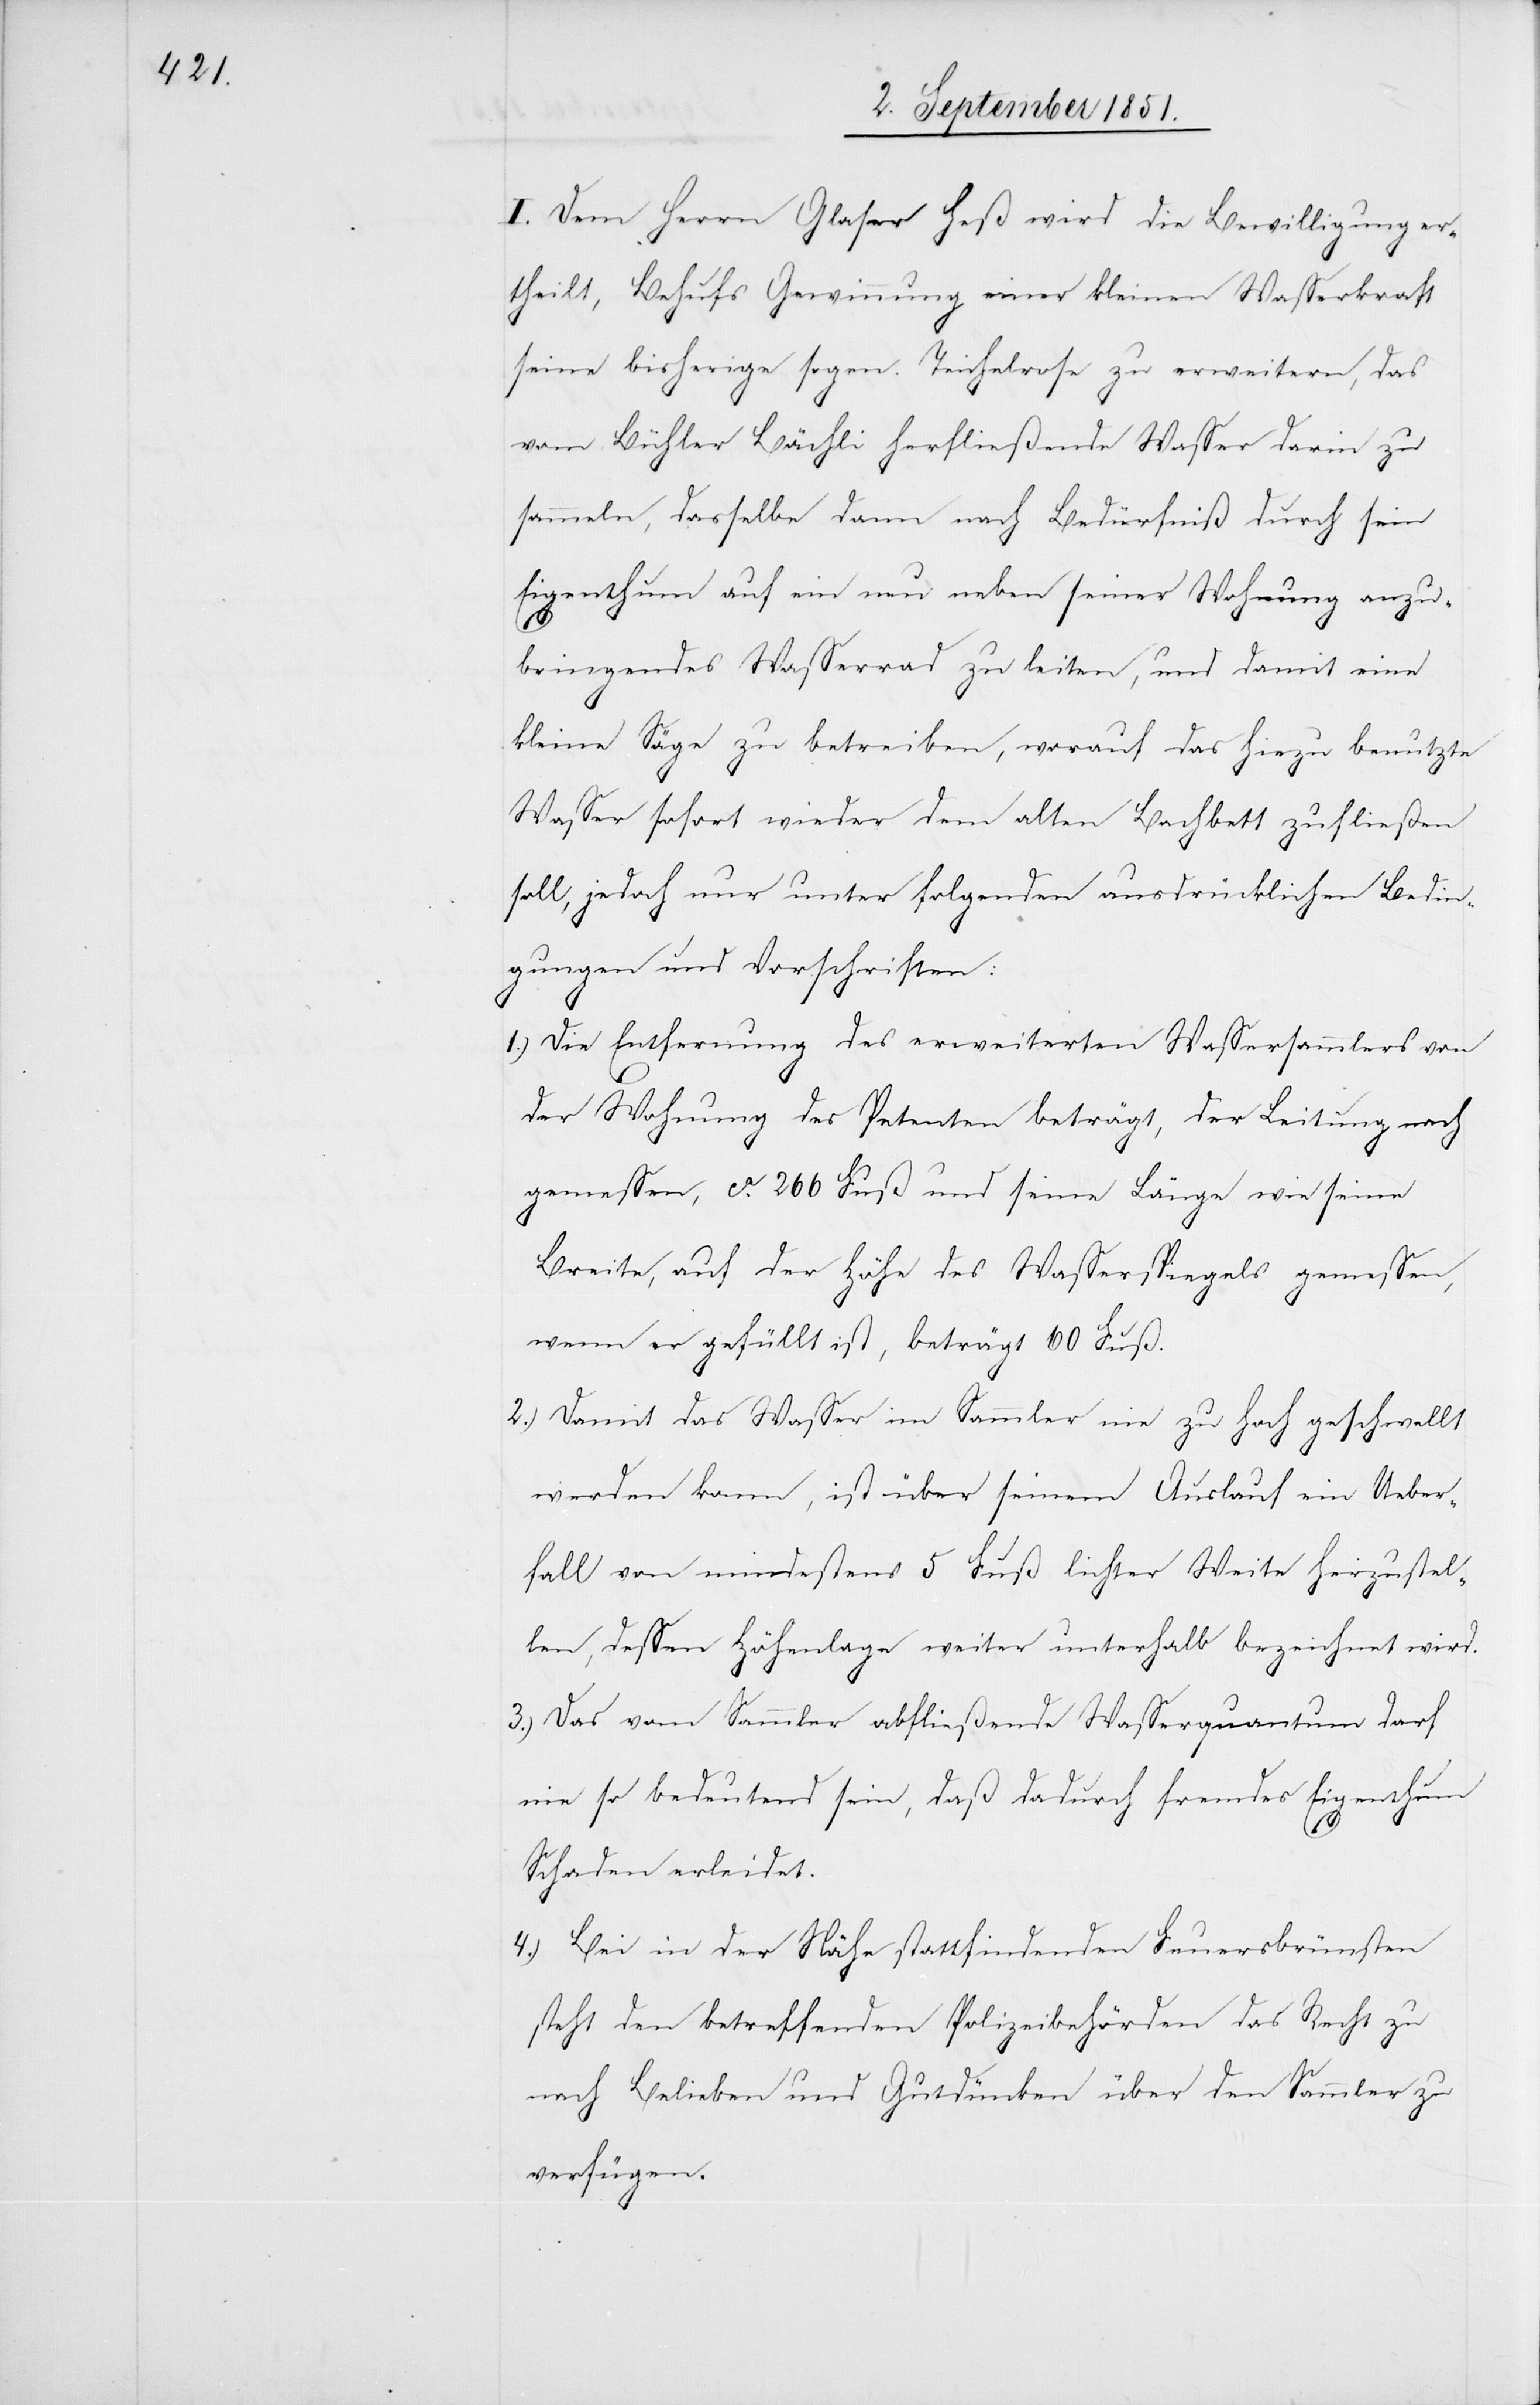
I. Dem Herrn Glaser Heß wird die Bewilligung er¬
theilt, Behufs Gewinnung einer kleinen Wasserkraft
seine bisherige sogen. Teichelrose zu erweitern, das
vom Bühler Bächli herfließende Wasser darin zu
sammeln, dasselbe dann nach Bedürfniß durch sein
Eigenthum auf ein neu neben seiner Wohnung anzu¬
bringendes Wasserrad zu leiten, und damit eine
kleine Säge zu betreiben, worauf das hiezu benutzte
Wasser sofort wieder dem alten Bachbett zufließen
soll, jedoch nur unter folgenden ausdrücklichen Bedin¬
gungen und Vorschriften:
Die Entfernung des erweiterten Wassersammlers von
der Wohnung des Petenten beträgt, der Leitung nach
gemessen, ca. 266 Fuß und seine Länge wie seine
Breite, auf der Höhe des Wasserspiegels gemessen,
wenn er gefüllt ist, beträgt 60 Fuß.
Damit das Wasser im Sammler nie zu hoch geschwellt
werden kann, ist über seinem Auslauf ein Ueber¬
fall von mindestens 5 Fuß lichter Weite herzustel¬
len, dessen Höhenlage weiter unterhalb bezeichnet wird.
Das vom Sammler abfließende Wasserquantum darf
nie so bedeutend sein, daß dadurch fremdes Eigenthum
Schaden erleidet.
Bei in der Nähe stattfindenden Feuersbrünsten
steht den betreffenden Polizeibehörden das Recht zu
nach Belieben und Gutdünken über den Sammler zu
verfügen.